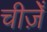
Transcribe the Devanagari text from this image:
चीज़ेँ